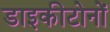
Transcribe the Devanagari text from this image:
डाइकीटोनों